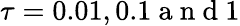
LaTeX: \tau=0.01,0.1\mathrm{~a~n~d~}1